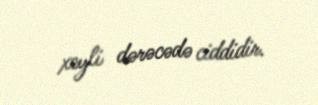
xeyli dərəcədə ciddidir.